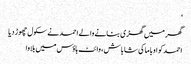
‘
گھر میں گھڑی بنانے والے احمد نے سکول چھوڑ دیا
احمد کو اوباما کی شاباش، وائٹ ہاؤس میں بلاوا